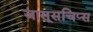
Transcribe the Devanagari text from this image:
जासूसचिप्स